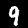
Digit: 9